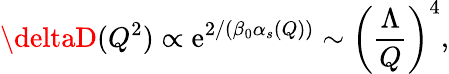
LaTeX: \deltaD(Q^{2})\propto\mathrm{e}^{2/(\beta_{0}\alpha_{s}(Q))}\sim\left(\frac{{\Lambda}}{{Q}}\right)^{4},